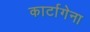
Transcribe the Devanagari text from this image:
कार्टागेना